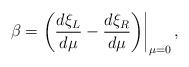
LaTeX: \begin{align*}\beta = \left( \frac{d \xi_L}{d \mu} - \frac{d \xi_R}{d \mu} \middle) \right|_{\mu = 0},\end{align*}